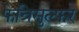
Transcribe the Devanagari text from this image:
फेन्रिसुल्फर